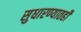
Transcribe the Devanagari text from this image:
सुधारण्यातही